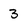
Character: 3